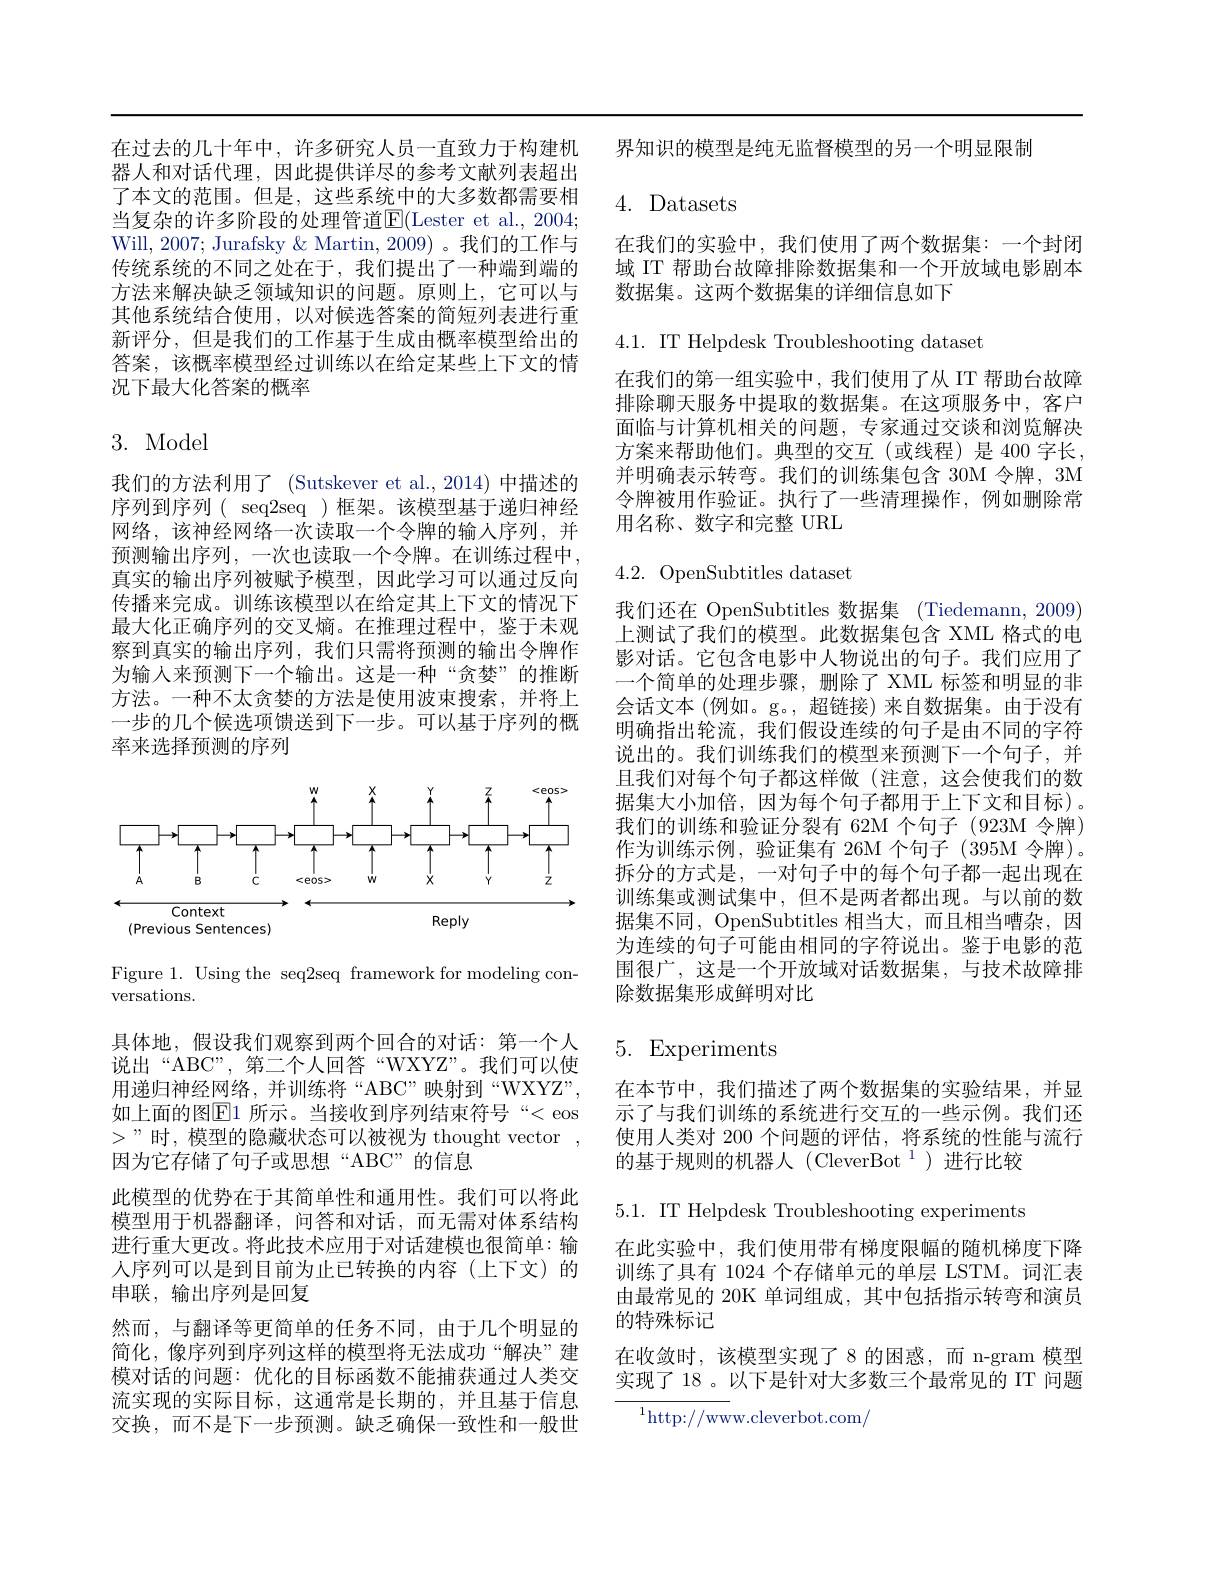
在过去的几十年中，许多研究人员一直致力于构建机器人和对话代理，因此提供详尽的参考文献列表超出了本文的范围。但是，这些系统中的大多数都需要相当复杂的许多阶段的处理管道$\overline{\mathrm{E}}($Lester et al., 2004; Will, 2007; Jurafsky & Martin, 2009) 。我们的工作与传统系统的不同之处在于，我们提出了一种端到端的方法来解决缺乏领域知识的问题。原则上，它可以与其他系统结合使用，以对候选答案的简短列表进行重新评分，但是我们的工作基于生成由概率模型给出的答案，该概率模型经过训练以在给定某些上下文的情况下最大化答案的概率

# 3. Model

我们的方法利用了 (Sutskever et al.,2014)中描述的序列到序列( seq2seq)框架。该模型基于递归神经网络，该神经网络一次读取一个令牌的输人序列，并预测输出序列，一次也读取一个令牌。在训练过程中真实的输出序列被赋予模型，因此学习可以通过反向传播来完成。训练该模型以在给定其上下文的情况下最大化正确序列的交叉熵。在推理过程中，鉴于未观察到真实的输出序列，我们只需将预测的输出令牌作为输人来预测下一个输出。这是一种“贪婪”的推断方法。一种不太贪婪的方法是使用波束搜索，并将上一步的几个候选项馈送到下一步。可以基于序列的概率来选择预测的序列

<FigureHere>

Figure 1. Using the seq2seq framework for modeling con-
versations.

具体地，假设我们观察到两个回合的对话：第一个人说出“ABC”,第二个人回答“WXYZ”。我们可以使用递归神经网络，并训练将“ABC”映射到“WXYZ”, 如上面的图$\mathbb{E}$1 所示。当接收到序列结束符号“< eos $>”$时，模型的隐藏状态可以被视为 thought vector, 因为它存储了句子或思想“ABC”的信息
此模型的优势在于其简单性和通用性。我们可以将此模型用于机器翻译，问答和对话，而无需对体系结构进行重大更改。将此技术应用于对话建模也很简单：输人序列可以是到目前为止已转换的内容(上下文)的串联，输出序列是回复
然而，与翻译等更简单的任务不同，由于几个明显的简化，像序列到序列这样的模型将无法成功“解决”建模对话的问题：优化的目标函数不能捕获通过人类交流实现的实际目标，这通常是长期的，并且基于信息交换，而不是下一步预测。缺乏确保一致性和一般世

界知识的模型是纯无监督模型的另一个明显限制

4. Datasets

在我们的实验中，我们使用了两个数据集：一个封闭域 IT 帮助台故障排除数据集和一个开放域电影剧本数据集。这两个数据集的详细信息如下

$4.1.{\mathrm{~IT~Helpdesk~Troubleshooting~dataset}}$

在我们的第一组实验中，我们使用了从 IT 帮助台故障排除聊天服务中提取的数据集。在这项服务中，客户面临与计算机相关的问题，专家通过交谈和浏览解决方案来帮助他们。典型的交互(或线程)是 400 字长， 并明确表示转弯。我们的训练集包含 30M 令牌，3M 令牌被用作验证。执行了一些清理操作，例如删除常用名称、数字和完整 URL

4.2. OpenSubtitles dataset

我们还在 OpenSubtitles 数据集 (Tiedemann,2009) 上测试了我们的模型。此数据集包含 XML 格式的电影对话。它包含电影中人物说出的句子。我们应用了一个简单的处理步骤，删除了 XML 标签和明显的非会话文本 (例如。g。,超链接)来自数据集。由于没有明确指出轮流，我们假设连续的句子是由不同的字符说出的。我们训练我们的模型来预测下一个句子，并且我们对每个句子都这样做(注意，这会使我们的数据集大小加倍，因为每个句子都用于上下文和目标)。我们的训练和验证分裂有 62M 个句子 (923M 令牌) 作为训练示例，验证集有 26M 个句子 (395M 令牌)。拆分的方式是，一对句子中的每个句子都一起出现在训练集或测试集中，但不是两者都出现。与以前的数据集不同，OpenSubtitles 相当大，而且相当嘈杂，因为连续的句子可能由相同的字符说出。鉴于电影的范围很广，这是一个开放域对话数据集，与技术故障排除数据集形成鲜明对比

# 5. Experiments

在本节中，我们描述了两个数据集的实验结果，并显示了与我们训练的系统进行交互的一些示例。我们还使用人类对 200 个问题的评估，将系统的性能与流行的基于规则的机器人(CleverBot$^1)$进行比较

5.1. IT Helpdesk Troubleshooting experiments
在此实验中，我们使用带有梯度限幅的随机梯度下降训练了具有 1024 个存储单元的单层 LSTM。词汇表由最常见的 20K 单词组成，其中包括指示转弯和演员的特殊标记
在收敛时，该模型实现了8 的困惑，而 n-gram 模型实现了 18 。以下是针对大多数三个最常见的 IT 问题

${^{1}\mathrm{http://ww}}$w.cleverbot.com/